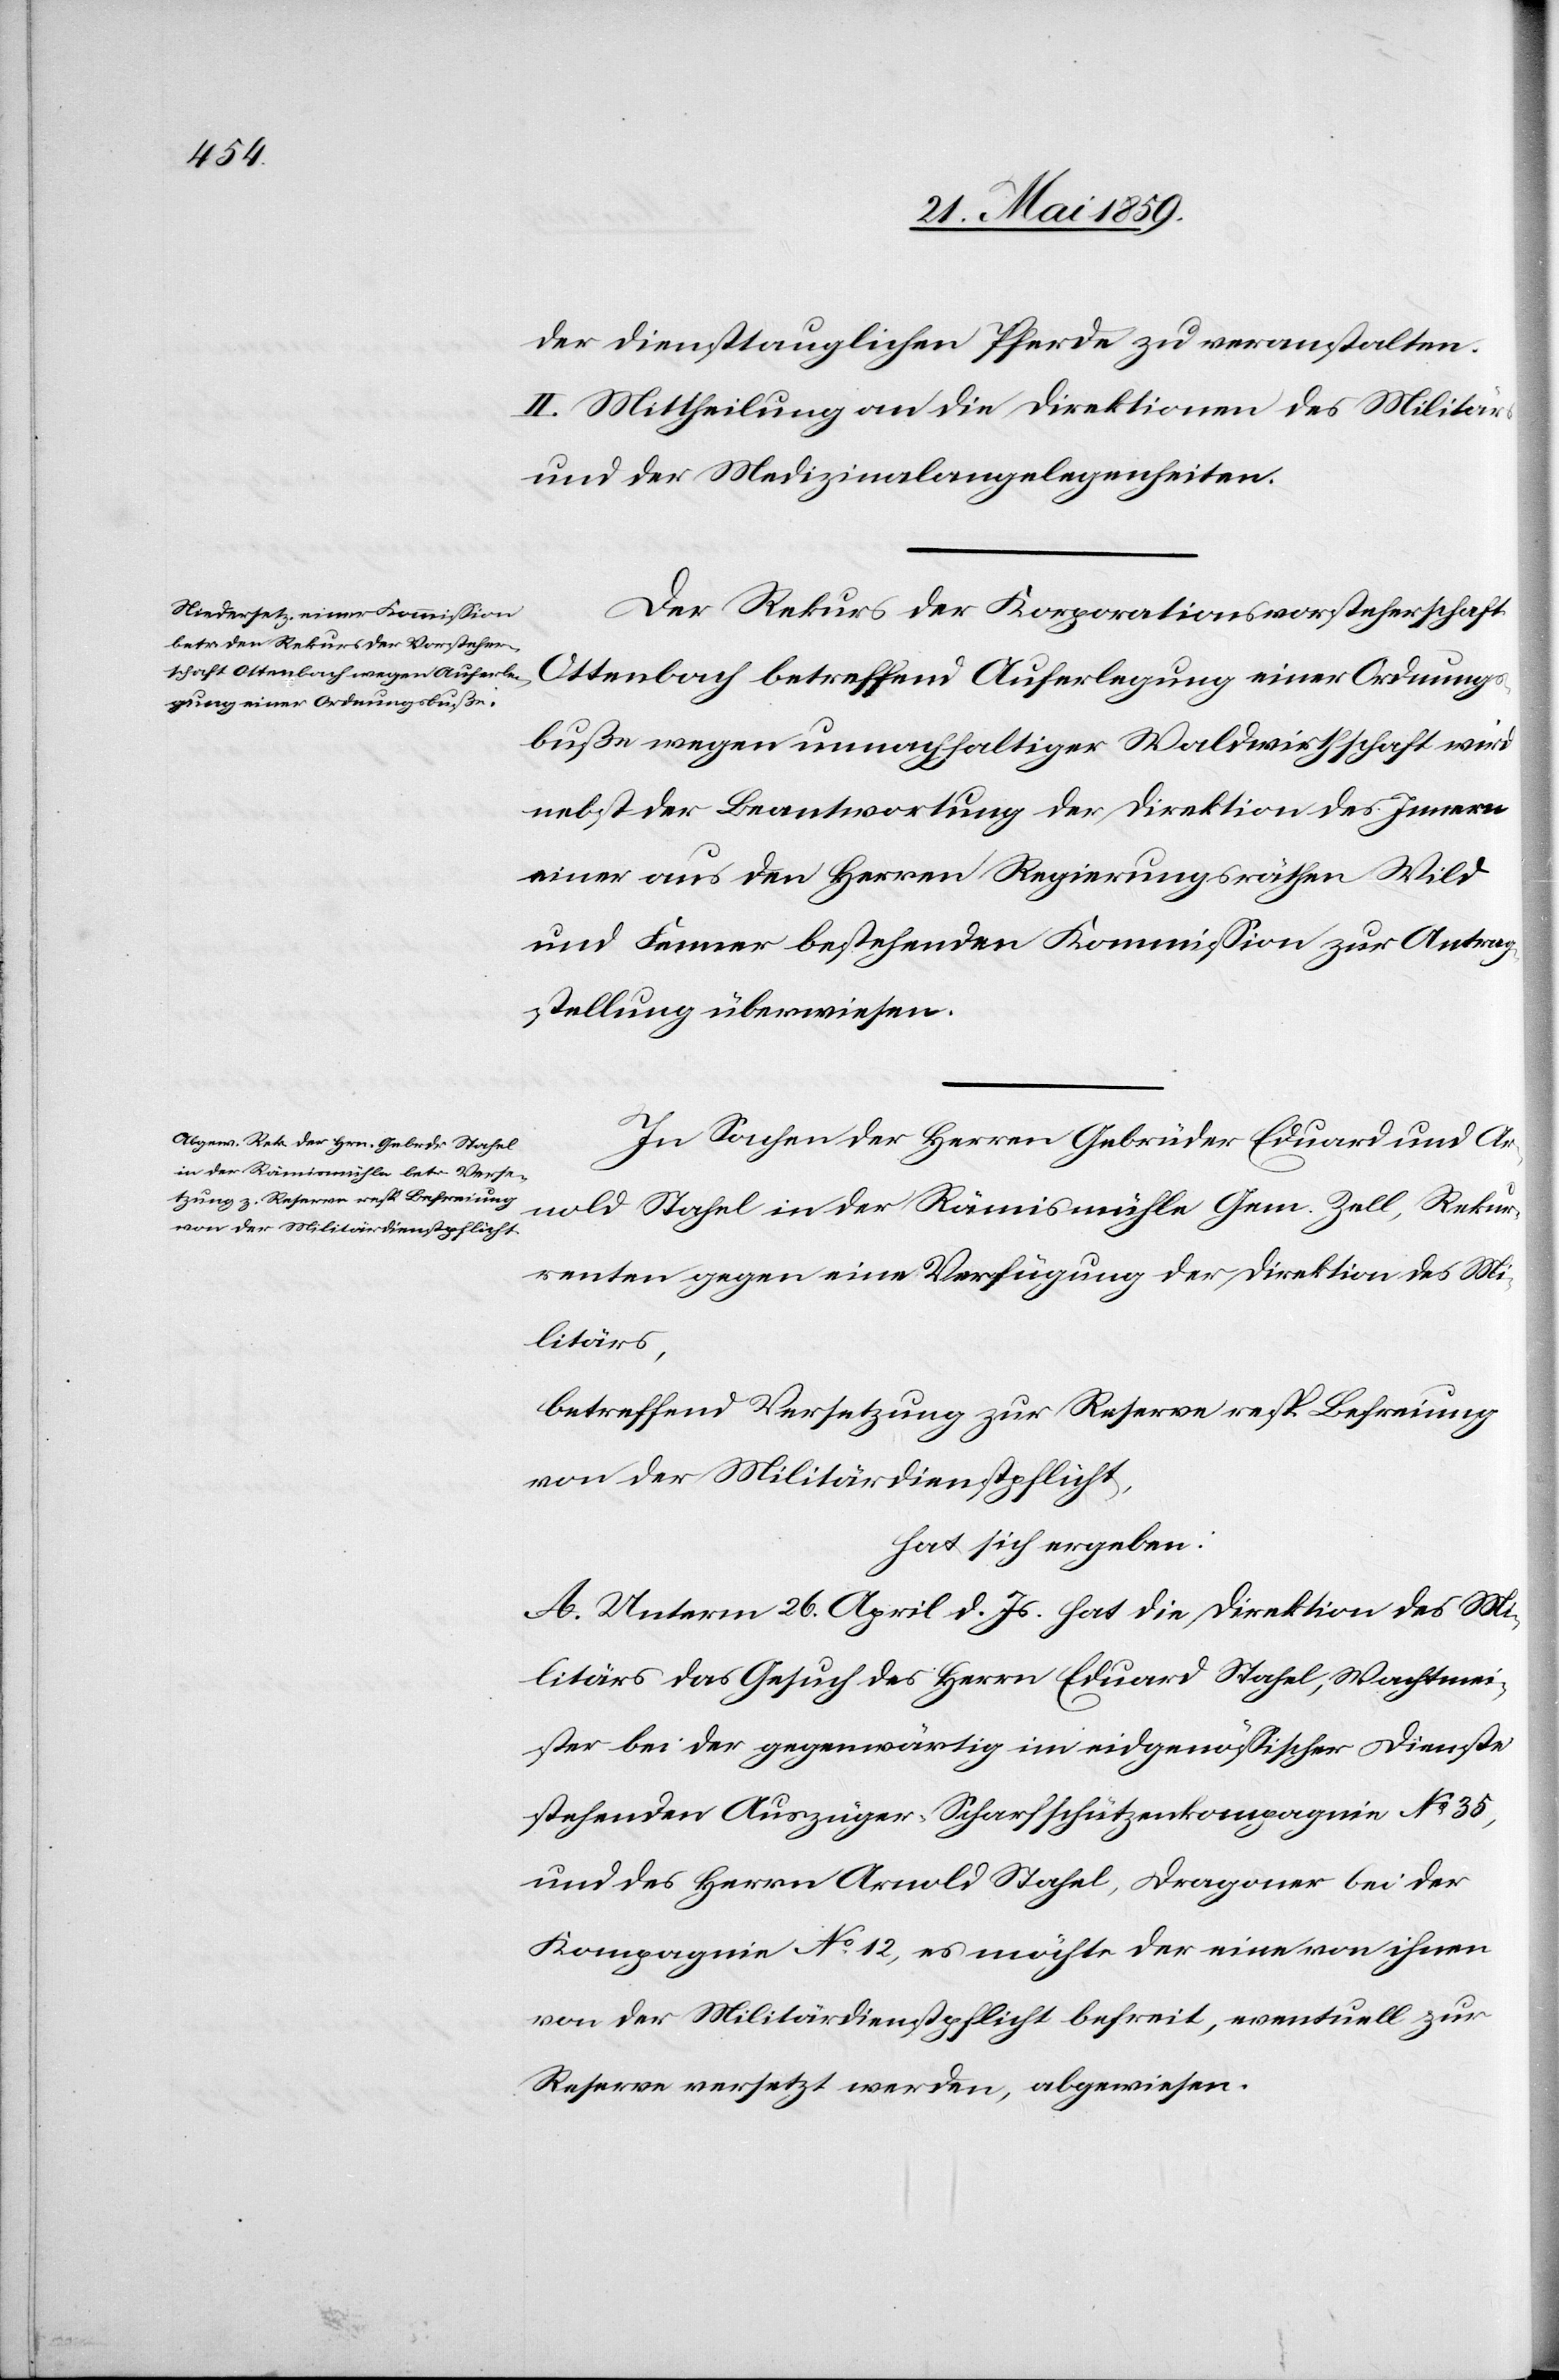
der diensttauglichen Pferde zu veranstalten.
II. Mittheilung an die Direktionen des Militärs
und der Medizinalangelegenheiten.
Der Rekurs der Korporationsvorsteherschaft
Ottenbach betreffend Auferlegung einer Ordnungs¬
buße wegen unnachhaltiger Waldwirtschaft wird
nebst der Beantwortung der Direktion des Innern
einer aus den Herren Regierungsräthen Wild
und Fenner bestehenden Kommission zur Antrag¬
stellung überwiesen.
In Sachen der Herren Gebrüder Eduard und Ar¬
nold Stahel in der Rämismühle Gem. Zell, Rekur¬
renten gegen eine Verfügung der Direktion des Mi¬
litärs,
betreffend Versetzung zur Reserve resp. Befreiung
von der Militärdienstpflicht,
hat sich ergeben:
A. Unterm 26. April d. Js. hat die Direktion des Mi¬
litärs das Gesuch des Herrn Eduard Stahel, Wachtmei¬
ster bei der gegenwärtig im eidgenössischen Dienste
stehenden Auszüger-Scharfschützenkompagnie No 35,
und des Herrn Arnold Stahel, Dragoner bei der
Kompagnie No 12, es möchte der eine von ihnen
von der Militärdienstpflicht befreit, eventuell zur
Reserve versetzt werden, abgewiesen.